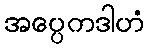
အပ္ပေကဒါဟံ